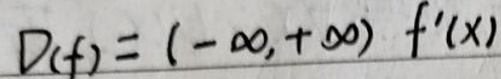
$D ( f ) = ( - \infty, + \infty ) f ^ { \prime } ( x )$